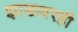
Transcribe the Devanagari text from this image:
झाडावरही